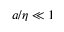
a / \eta \ll 1